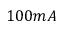
1 0 0 m A